Lunatic asylums United Prov. 1922-30 - 1922-1930
Year: 1922
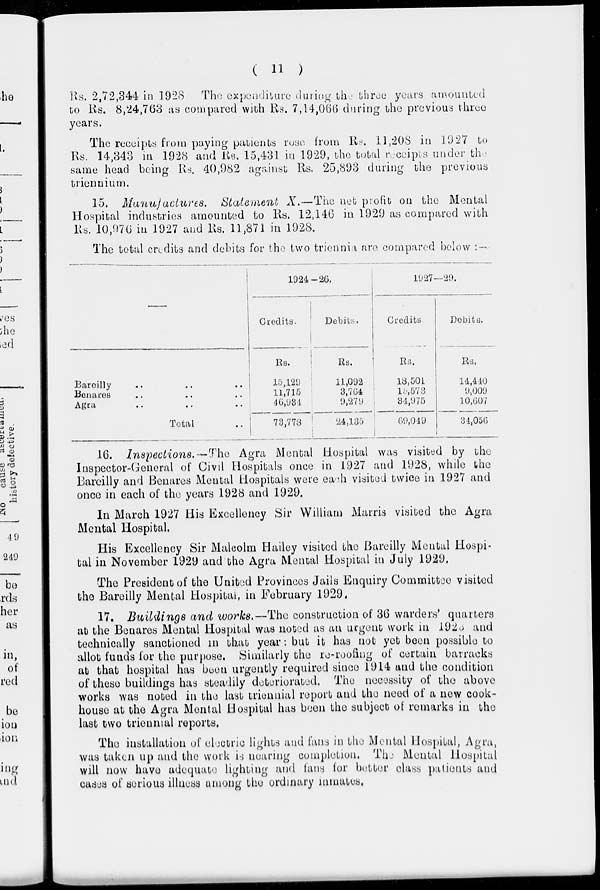
( 11 )
Rs. 2,72,344 in 1928 The expenditure during the three years amounted
to Rs. 8,24,763 as compared with Rs. 7,14,066 during the previous three
years.
The receipts from paying patients rose from Rs. 11,208 in 1927 to
Rs. 14,343 in 1928 and Rs. 15,431 in 1929, the total receipts under the
same head being Rs. 40,982 against Rs. 25,893 during the previous
triennium.
15. Manufactures.
Statement X.—The net profit on the Mental
Hospital industries amounted to Rs. 12,146 in 1929 as compared with
Rs. 10,976 in 1927 and Rs. 11,871 in 1928.
The total credits and debits for the two triennia are compared below : —
Bareilly .. .. ..
Benares .. .. ..
Agra .. .. ..
Total ..
1924—26.
Credits.
Rs.
15,129
11,715
46,931
73,778
Debits.
Rs.
11,092
3,764
9,279
24,135
1927—29.
Credits
Rs.
18,501
15,573
34,975
69,049
Debits.
Rs.
14,440
9,009
10,607
34,056
16. Inspections. — The Agra Mental Hospital was visited by the
Inspector-General of Civil Hospitals once in 1927 and 1928, while the
Bareilly and Benares Mental Hospitals were each visited twice in 1927 and
once in each of the years 1928 and 1929.
In March 1927 His Excellency Sir William Marris visited the Agra
Mental Hospital.
His Excellency Sir Malcolm Hailey visited the Bareilly Mental Hospi-
tal in November 1929 and the Agra Mental Hospital in July 1929.
The President of the United Provinces Jails Enquiry Committee visited
the Bareilly Mental Hospital, in February 1929.
17. Buildings and works.—The construction of 36 warders' quarters
at the Benares Mental Hospital was noted as an urgent work in 1923 and
technically sanctioned in that year: but it has not yet been possible to
allot funds for the purpose. Similarly the re-roofing of certain barracks
at that hospital has been urgently required since 1914 and the condition
of these buildings has steadily deteriorated. The necessity of the above
works was noted in the last triennial report and the need of a new cook-
house at the Agra Mental Hospital has been the subject of remarks in the
last two triennial reports.
The installation of electric lights and fans in the Mental Hospital, Agra,
was taken up and the work is nearing completion. The Mental Hospital
will now have adequate lighting and fans for better class patients and
cases of serious illness among the ordinary inmates.